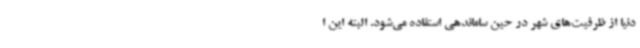
دنیا از ظرفیت‌های شهر در حین ساماندهی استفاده می‌شود. البته این ا